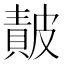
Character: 𭽴